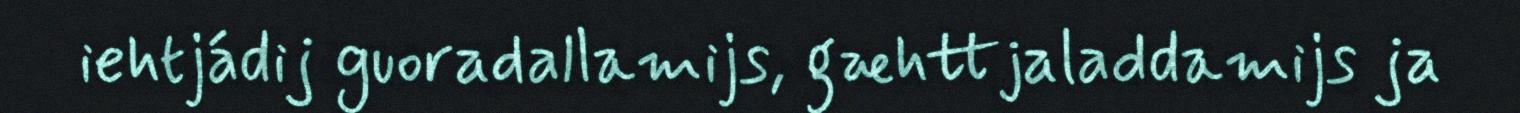
iehtjádij guoradallamijs, gæhttjaladdamijs ja